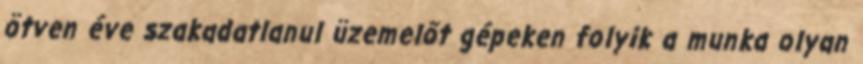
ötven éve szakadatlanul üzemelőt gépeken folyik a munka olyan